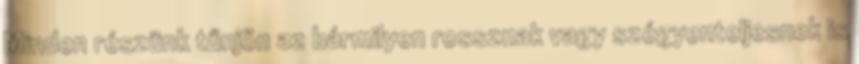
Minden részünk tűnjön az bármilyen rossznak vagy szégyenteljesnek is